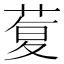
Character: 𰱦